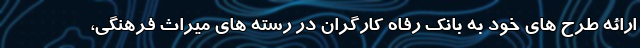
ارائه طرح های خود به بانک رفاه کارگران در رسته های میراث فرهنگی،